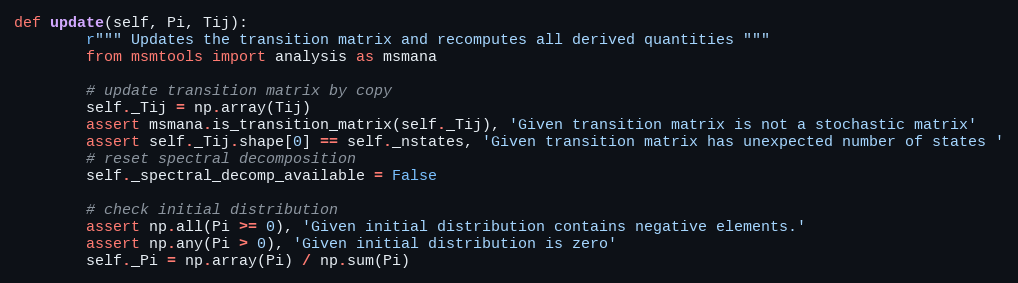
Language: Python
def update(self, Pi, Tij):
        r""" Updates the transition matrix and recomputes all derived quantities """
        from msmtools import analysis as msmana

        # update transition matrix by copy
        self._Tij = np.array(Tij)
        assert msmana.is_transition_matrix(self._Tij), 'Given transition matrix is not a stochastic matrix'
        assert self._Tij.shape[0] == self._nstates, 'Given transition matrix has unexpected number of states '
        # reset spectral decomposition
        self._spectral_decomp_available = False

        # check initial distribution
        assert np.all(Pi >= 0), 'Given initial distribution contains negative elements.'
        assert np.any(Pi > 0), 'Given initial distribution is zero'
        self._Pi = np.array(Pi) / np.sum(Pi)